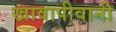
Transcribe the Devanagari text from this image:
खावापीवानी